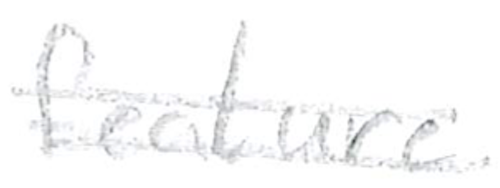
Text: feature
Cross-out: double-line
Writing tool: pencil